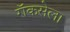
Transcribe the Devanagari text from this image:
रॉकसेला